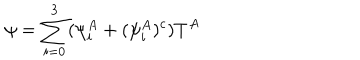
LaTeX: \psi = \sum _ { i = 0 } ^ { 3 } ( \psi _ { i } ^ { A } + ( \psi _ { i } ^ { A } ) ^ { c } ) T ^ { A }